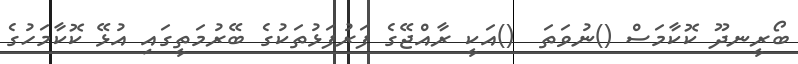
ބޯރީނދޫ ކޮކާމަސް ()ނުވަތަ  ()އަކީ ރާއްޖޭގެ ފަރުފަޅުތަކުގެ ބޭރުމަތީގައި އުޅޭ ކޮކާމަހުގެ